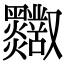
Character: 𪒸